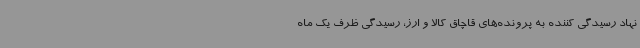
نهاد رسیدگی کننده به پرونده‌های قاچاق کالا و ارز، رسیدگی ظرف یک ماه